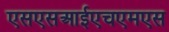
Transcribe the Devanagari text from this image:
एसएसआईएचएमएस